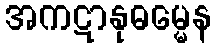
အကဋာနုဓမ္မေန